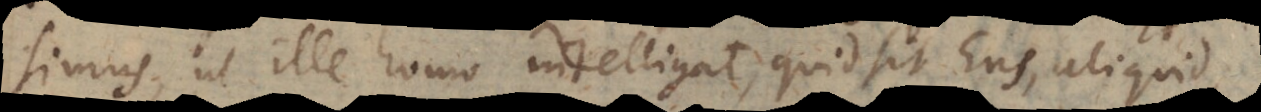
simus, ut ille homo intelligat, quid sit Ens, Aliquid,